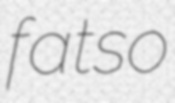
fatso